Vaccine operations Central Provinces & Berar 1912-1920 - 1912-1920
Year: 1912
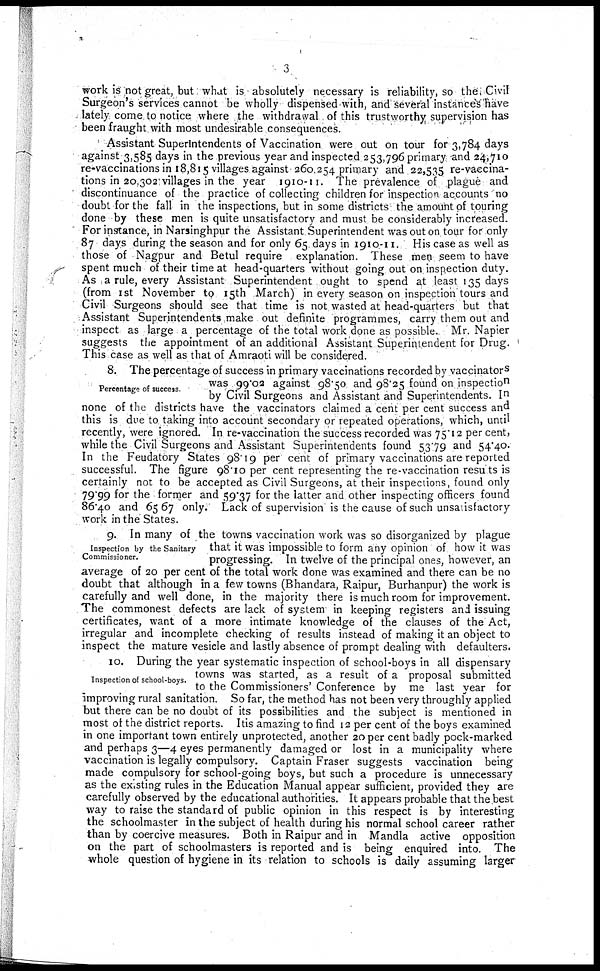
3
work is not great, but what is absolutely necessary is reliability, so the Civil
Surgeon's services cannot be wholly dispensed with, and several instances have
lately come to notice where the withdrawal of this trustworthy supervision has
been fraught with most undesirable consequences.
Assistant Superintendents of Vaccination were out on tour for 3,784 days
against 3,585 days in the previous year and inspected 253,796 primary and 24,710
re-vaccinations in 18,815 villages against 260,254 primary and 22,535 re-vaccina-
tions in 20,302 villages in the year 1910-11. The prevalence of plague and
discontinuance of the practice of collecting children for inspection accounts no
doubt for the fall in the inspections, but in some districts the amount of touring
done by these men is quite unsatisfactory and must be considerably increased.
For instance, in Narsinghpur the Assistant Superintendent was out on tour for only
87 days during the season and for only 65 days in 1910-11. His case as well as
those of Nagpur and Betul require explanation. These men seem to have
spent much of their time at head-quarters without going out on inspection duty.
As a rule, every Assistant Superintendent ought to spend at least 135 days
(from 1st November to 15th March) in every season on inspection tours and
Civil Surgeons should see that time is not wasted at head-quarters but that
Assistant Superintendents make out definite programmes, carry them out and
inspect as large a percentage of the total work done as possible. Mr. Napier
suggests the appointment of an additional Assistant Superintendent for Drug.
This case as well as that of Amraoti will be considered.
Percentage of success.
8. The percentage of success in primary vaccinations recorded by vaccinators
was 99.02 against 98.50 and 98.25 found on inspection
by Civil Surgeons and Assistant and Superintendents. In
none of the districts have the vaccinators claimed a cent per cent success and
this is due to taking into account secondary or repeated operations, which, until
recently, were ignored. In re-vaccination the success recorded was 75.12 per cent,
while the Civil Surgeons and Assistant Superintendents found 53.79 and 54.40.
In the Feudatory States 98.19 per cent of primary vaccinations are reported
successful. The figure 98.10 per cent representing the re-vaccination results is
certainly not to be accepted as Civil Surgeons, at their inspections, found only
79.99 for the former and 59.37 for the latter and other inspecting officers found
86.40 and 65.67 only. Lack of supervision is the cause of such unsatisfactory
work in the States.
Inspection by the Sanitary
Commissioner.
9. In many of the towns vaccination work was so disorganized by plague
that it was impossible to form any opinion of how it was
progressing. In twelve of the principal ones, however, an
average of 20 per cent of the total work done was examined and there can be no
doubt that although in a few towns (Bhandara, Raipur, Burhanpur) the work is
carefully and well done, in the majority there is much room for improvement.
The commonest defects are lack of system in keeping registers and issuing
certificates, want of a more intimate knowledge of the clauses of the Act,
irregular and incomplete checking of results instead of making it an object to
inspect the mature vesicle and lastly absence of prompt dealing with defaulters.
Inspection of school-boys.
10. During the year systematic inspection of school-boys in all dispensary
towns was started, as a result of a proposal submitted
to the Commissioners' Conference by me last year for
improving rural sanitation. So far, the method has not been very throughly applied
but there can be no doubt of its possibilities and the subject is mentioned in
most of the district reports. Itis amazing to find 12 per cent of the boys examined
in one important town entirely unprotected, another 20 per cent badly pock-marked
and perhaps 3—4 eyes permanently damaged or lost in a municipality where
vaccination is legally compulsory. Captain Fraser suggests vaccination being
made compulsory for school-going boys, but such a procedure is unnecessary
as the existing rules in the Education Manual appear sufficient, provided they are
carefully observed by the educational authorities. It appears probable that the best
way to raise the standard of public opinion in this respect is by interesting
the schoolmaster in the subject of health during his normal school career rather
than by coercive measures. Both in Raipur and in Mandla active opposition
on the part of schoolmasters is reported and is being enquired into. The
whole question of hygiene in its relation to schools is daily assuming larger